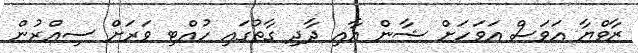
ޒާވްޔާ އަވަސް އަވަހަށް ޝާން އާއި ދާދި ގާތުގައި ހުއްޓި ވަރަށް ސިއްރުން